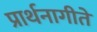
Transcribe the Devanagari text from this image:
प्रार्थनागीते